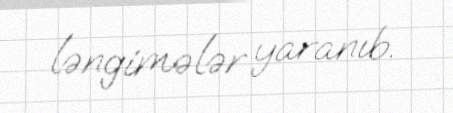
ləngimələr yaranıb.